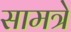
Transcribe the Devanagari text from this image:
सामत्रे